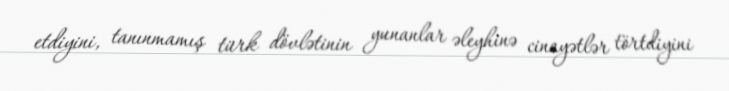
etdiyini, tanınmamış türk dövlətinin yunanlar əleyhinə cinayətlər törtdiyini